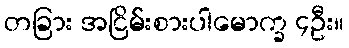
တခြား အငြိမ်းစားပါမောက္ခ ၄ဦး။